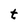
Character: t